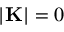
| { \bf K } | = 0